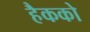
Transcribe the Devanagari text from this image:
हैकको